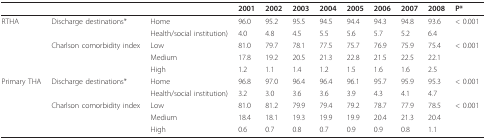
<table><thead><tr><td></td><td></td><td></td><td><b>2001</b></td><td><b>2002</b></td><td><b>2003</b></td><td><b>2004</b></td><td><b>2005</b></td><td><b>2006</b></td><td><b>2007</b></td><td><b>2008</b></td><td><b>P*</b></td></tr></thead><tbody><tr><td>RTHA</td><td>Discharge destinations*</td><td>Home</td><td>96.0</td><td>95.2</td><td>95.5</td><td>94.5</td><td>94.4</td><td>94.3</td><td>94.8</td><td>93.6</td><td>&lt; 0.001</td></tr><tr><td></td><td></td><td>Health/social institution)</td><td>4.0</td><td>4.8</td><td>4.5</td><td>5.5</td><td>5.6</td><td>5.7</td><td>5.2</td><td>6.4</td><td></td></tr><tr><td></td><td>Charlson comorbidity index</td><td>Low</td><td>81.0</td><td>79.7</td><td>78.1</td><td>77.5</td><td>75.7</td><td>76.9</td><td>75.9</td><td>75.4</td><td>&lt; 0.001</td></tr><tr><td></td><td></td><td>Medium</td><td>17.8</td><td>19.2</td><td>20.5</td><td>21.3</td><td>22.8</td><td>21.5</td><td>22.5</td><td>22.1</td><td></td></tr><tr><td></td><td></td><td>High</td><td>1.2</td><td>1.1</td><td>1.4</td><td>1.2</td><td>1.5</td><td>1.6</td><td>1.6</td><td>2.5</td><td></td></tr><tr><td>Primary THA</td><td>Discharge destinations*</td><td>Home</td><td>96.8</td><td>97.0</td><td>96.4</td><td>96.4</td><td>96.1</td><td>95.7</td><td>95.9</td><td>95.3</td><td>&lt; 0.001</td></tr><tr><td></td><td></td><td>Health/social institution)</td><td>3.2</td><td>3.0</td><td>3.6</td><td>3.6</td><td>3.9</td><td>4.3</td><td>4.1</td><td>4.7</td><td></td></tr><tr><td></td><td>Charlson comorbidity index</td><td>Low</td><td>81.0</td><td>81.2</td><td>79.9</td><td>79.4</td><td>79.2</td><td>78.7</td><td>77.9</td><td>78.5</td><td>&lt; 0.001</td></tr><tr><td></td><td></td><td>Medium</td><td>18.4</td><td>18.1</td><td>19.3</td><td>19.9</td><td>19.9</td><td>20.4</td><td>21.3</td><td>20.4</td><td></td></tr><tr><td></td><td></td><td>High</td><td>0.6</td><td>0.7</td><td>0.8</td><td>0.7</td><td>0.9</td><td>0.9</td><td>0.8</td><td>1.1</td><td></td></tr></tbody></table>